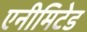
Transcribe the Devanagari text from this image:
एनीमिटेड